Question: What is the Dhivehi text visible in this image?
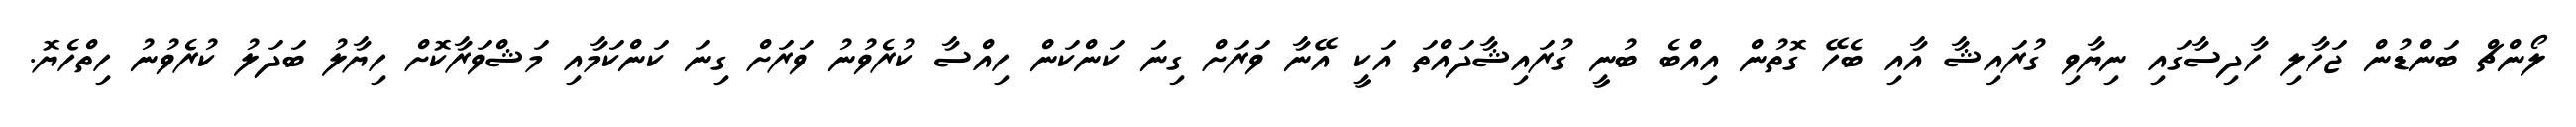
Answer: ލޯންޗް ބަންޑުން ޖަހާލި ހާދިސާގައި ނިޔާވި ގުރައިޝާ އާއި ބެހޭ ގޮތުން އިއްބެ ބުނީ ގުރައިޝާދައްތަ އަކީ އޭނާ ވަރަށް ގިނަ ކަންކަން ހިއްސާ ކުރެވުނު ވަރަށް ގިނަ ކަންކަމާއި މަޝްވަރާކޮށް ހިޔާލު ބަދަލު ކުރެވުނު ހިތްހެޔޮ.